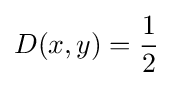
D(x,y)={\frac {1}{2}}